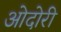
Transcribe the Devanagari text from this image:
ओदोरी